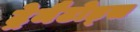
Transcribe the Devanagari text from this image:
ट्रेमैटोड्स